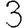
Digit: 3